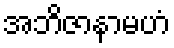
အဘိဇာနာမဟံ